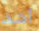
أحد